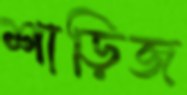
শাড়িজ